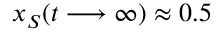
x _ { S } ( t \longrightarrow \infty ) \approx 0 . 5